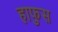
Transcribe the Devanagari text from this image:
हाफुस